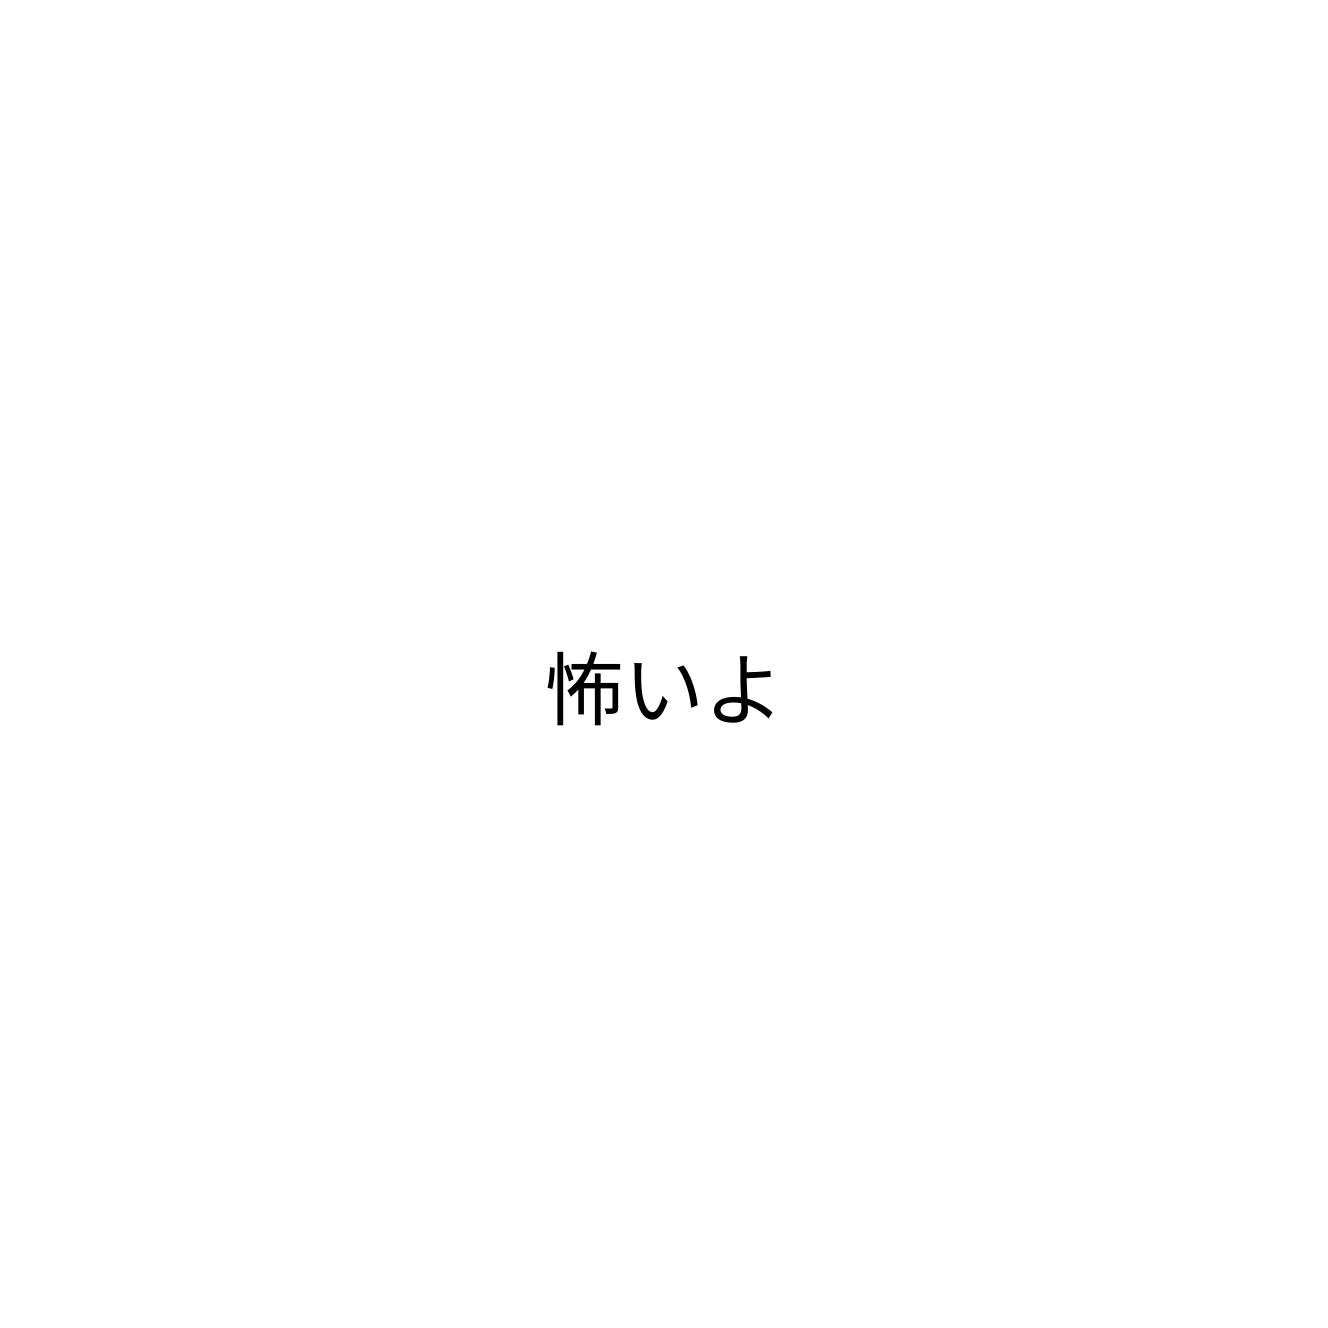
怖いよ